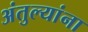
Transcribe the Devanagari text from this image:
अंतुल्यांना